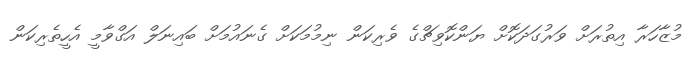
މުޒާހަރާ އިތުރަށް ވަރުގަދަކޮށް ޔަންކޮވިޗްގެ ވެރިކަން ނިމުމަކަށް ގެނައުމަށް ބައިނަލް އަގްވާމީ އެހީތެރިކަން